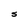
Character: S